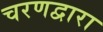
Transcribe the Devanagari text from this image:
चरणद्वारा